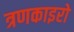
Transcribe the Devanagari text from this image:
त्रणकाइरो